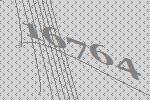
16764